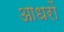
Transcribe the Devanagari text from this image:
आधरों